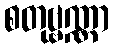
စတုဗ္ဗဏ္ဏာ